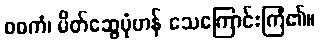
ဝဓကံ၊ မိတ်ဆွေပုံဟန် သေကြောင်းကြံ၏။